Annual administration report of the Civil Veterinary Department of India - 1894-1895
Year: 1894
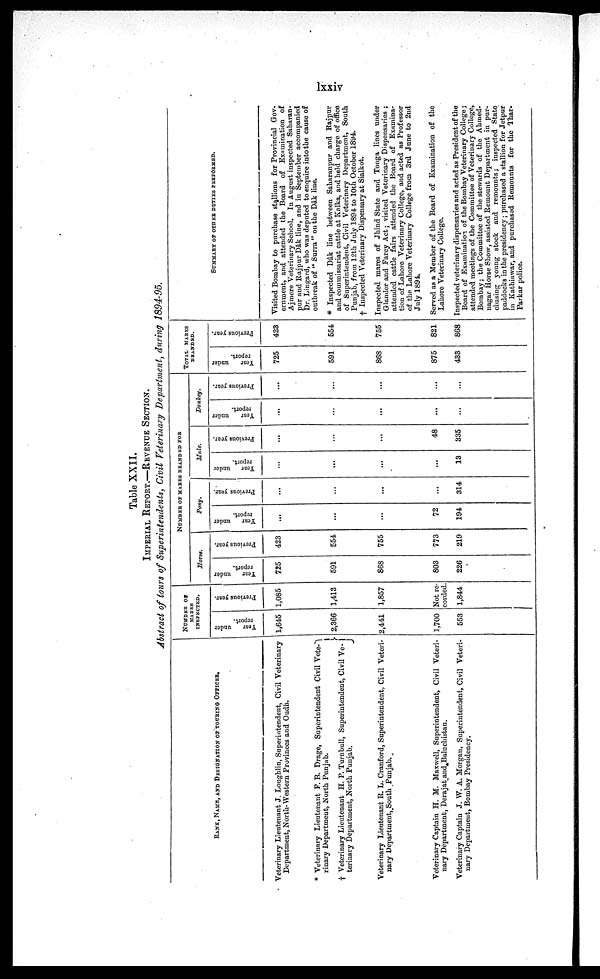
lxxiv
Table XXII.
IMPERIAL REPORT.—REVENUE SECTION.
Abstract of tours of Superintendents, Civil Veterinary Department, during 1894-95.
BANK, NAME, AND DESIGNATION OF TOURING OFFICER.
Veterinary Lieutenant J. Loughlin, Superintendent, Civil Veterinary
Department, North-Western Provinces and Oudh.
* Veterinary Lieutenant F. B. Drage, Superintendent Civil Vete¬
riuary Department, North Punjab.
† Veterinary Lieutenant H. P. Turnbull, Superintendent, Civil Ve¬
terinary Department, North Punjab.
Veterinary Lieutenant R. L. Cranford, Superintendent, Civil Veteri-
nary Departinent, South Punjab.
Veterinary Captain H. M. Maxwell, Superintendent, Civil Veteri-
nary Department, Derajat and Baluchistan.
Veterinary Captain J. W. A. Morgan, Superintendent, Civil Veteri-
nary Department, Bombay Presidency.
NUMBER OF
MARES
INSPECTED.
Year
under
report.
1,645
2,366
2,441
1,700
553
Previous year.
1,085
1,413
1,857
Not re-
corded.
1,844
NUMBER OF MARES BRANDED FOR
Horse.
Year
under
report.
725
591
868
803
226
Previous year.
423
554
755
773
219
Pony.
Year
under
report.
...
...
...
72
194
Previous year.
...
...
...
...
314
Mule.
Year
under
report.
...
...
...
...
13
Previous year.
...
...
...
48
335
Donkey.
Year
under
report.
...
...
...
...
...
Previous year.
...
...
...
...
...
TOTAL MARES
BRANDED.
Year
under
report.
725
591
868
875
433
Previous year.
423
554
755
821
868
SUMMARY OF OTHER DUTIES PERFORMED.
Visited Bombay to purchase stallions for Provincial Gov-
ernment, and attended the Board of Examination of
Ajmere Veterinary School. In August inspected Saharan-
pur and Rajpur Dâk line, and in September accompanied
Dr. Lingard, who was deputed to enquire into the cause of
outbreak of "Surra" on the Dâk line.
* Inspected Dâk line between Saharanpur and Rajpur
and commissariat cattle at Kalka, and held charge of office
of Superintendent, Civil Veterinary Department, South
Punjab, from 12th July 1894 to 10th October 1894.
† Inspected Veterinary Dispensary at Sialkot.
Inspected mares of Jhind State and Tonga lines under
Glander and Farcy Act; visited Veterinary Dispensaries;
attended cattle fairs attended the Board of Examina-
tion of Lahore Veterinary College, and acted as Professor
of the Lahore Veterinary College from 3rd June to 2nd
July 1894.
Served as a Member of the Board of Examination of the
Lahore Veterinary College.
Inspected veterinary dispensaries and acted as President of the
Board of Examination of the Bombay Veterinary College;
attended meetings of the Committee of Veterinary College,
Bombay; the Committee of the stewards of the Ahmed-
nagar Horse Show, assisted Remount Department in pur-
chasing young stock and remounts; inspected State
paddocks in the presidency; purchased a stallion for Jetpur
in Kathiawar, and purchased Remounts for the Thar-
Parkar police.